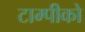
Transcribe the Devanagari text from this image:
टाम्पीको